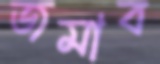
জমাব